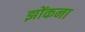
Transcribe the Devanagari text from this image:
झोंकना